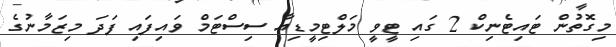
މިގޮތުން ޓައިޓެނިކް 2 ގައި ޓީވީ މަލްޓިމީޑިއާ ސިސްޓަމް ވައިފައި ފަދަ މިޒަމާނުގެ